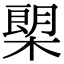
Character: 㮾